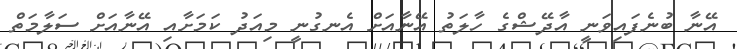
އޭނާ ބުނެފައިވަނީ އާދޭޝްގެ ހާލަތު އޭނާއަށް އެނގުނީ މިއަދު ކަމަށާއި އޭނާއަށް ސަލާމަތް